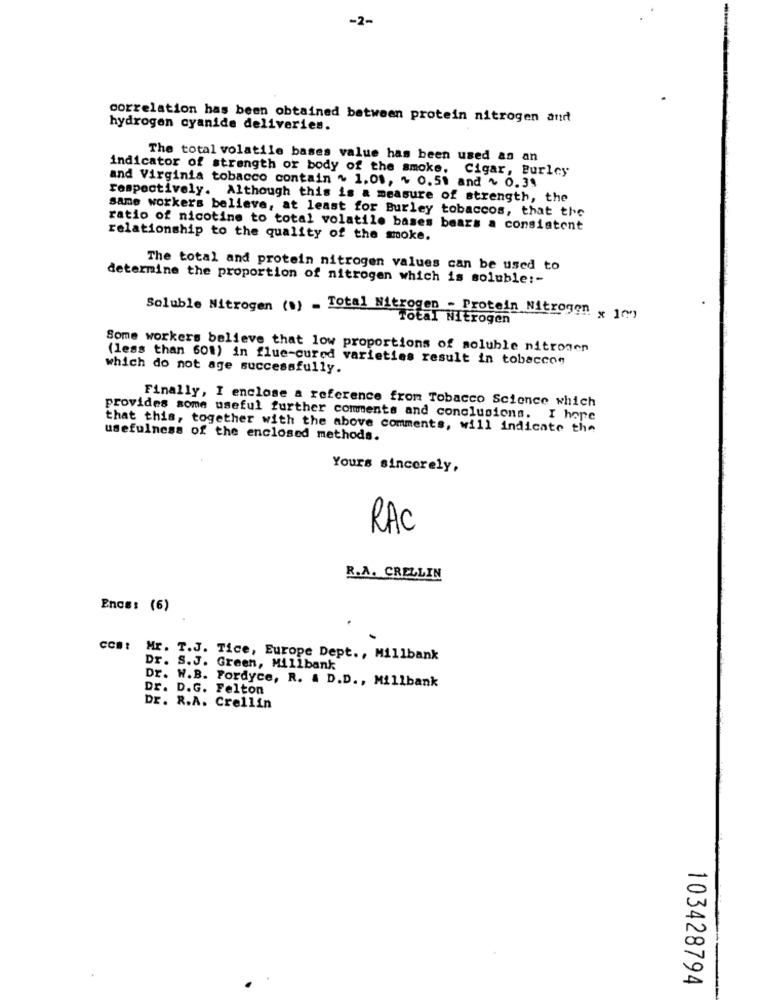
-2-
correlation has been obtained between protein nitrogen and
hydrogen cyanide deliveries.
The total volatile bases value has been used as an
indicator of strength or body of the smoke. Cigar, Burley
and Virginia tobacco contain ~ 1.01, + 0.51 and ~ 0.31
respectively. Although this is a measure of strength, the
same workers believe, at least for Burley tobaccos, that the
ratio of nicotine to total volatile bases bears a consistent
relationship to the quality of the smoke.
The total and protein nitrogen values can be used to
determine the proportion of nitrogen which is soluble !-
Soluble Nitrogen (1) - Total Nitrogen - Protein Nitrogen x 1(")
Total Nitrogen
Some workers believe that low proportions of soluble nitrogen
(less than 601) in flue-cured varieties result in tobaccos
which do not age successfully.
Finally, I enclose a reference from Tobacco Science which
provides some useful further comments and conclusions. I hope
that this, together with the above comments, will indicate the
usefulness of the enclosed methods.
Yours sincerely,
RAC
R.A. CRELLIN
Encs: (6)
com: Mr. T.J. Tice, Europe Dept ., Millbank
Dr. S.J. Green, Millbank
Dr. W.B. Fordyce, R. A D.D ., Millbank
Dr. D.G. Felton
Dr. R.A. Crellin
103428794